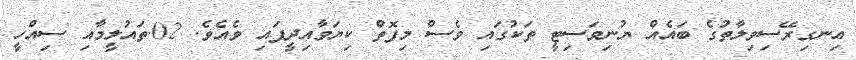
އިނގިރޭސިވިލާތުގެ ބައެއް ޔުނިވަސިޓީ ތަކުގައި ވެސް މިފޮތް ކިޔަވާއިދީފައި ވެއެވެ. 02.ތައުލީމާއި ސިއްހީ